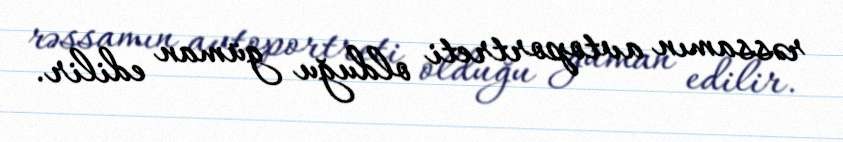
rəssamın avtoportreti olduğu güman edilir.